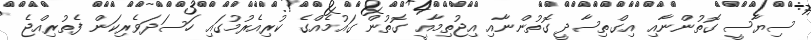
ސިޔާސީ ގޮތުންނާއި އިގްތިސާދީ ގޮތުންނާއި އިޖުތިމާއީ ގޮތުން ގައުމެއްގެ ކުރިއެރުމުގައި ހަސަދަވެރިކަން ފެތުރިއްޖެ